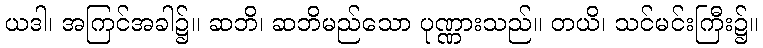
ယဒါ၊ အကြင်အခါ၌။ ဆဘိ၊ ဆဘိမည်သော ပုဏ္ဏားသည်။ တယိ၊ သင်မင်းကြီး၌။